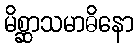
မိစ္ဆာသမာဓိနော